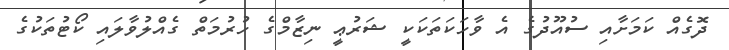
ދޮގެއް ކަމަށާއި ސުއޫދުގެ އެ ވާހަކަތަކަކީ ޝަރުޢީ ނިޒާމްގެ ހުރުމަތް ގެއްލުވާލައި ކޯޓުތަކުގެ